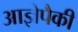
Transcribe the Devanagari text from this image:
आज्ञेपैकी